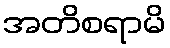
အတိစရာမိ